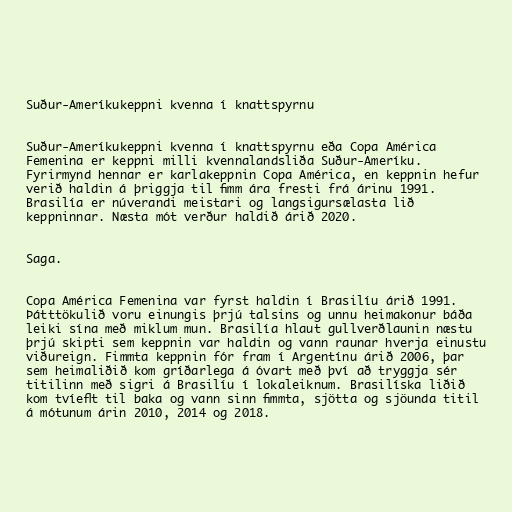
Suður-Ameríkukeppni kvenna í knattspyrnu

Suður-Ameríkukeppni kvenna í knattspyrnu eða Copa América
Femenina er keppni milli kvennalandsliða Suður-Ameríku.
Fyrirmynd hennar er karlakeppnin Copa América, en keppnin hefur
verið haldin á þriggja til fimm ára fresti frá árinu 1991.
Brasilía er núverandi meistari og langsigursælasta lið
keppninnar. Næsta mót verður haldið árið 2020.

Saga.

Copa América Femenina var fyrst haldin í Brasilíu árið 1991.
Þátttökulið voru einungis þrjú talsins og unnu heimakonur báða
leiki sína með miklum mun. Brasilía hlaut gullverðlaunin næstu
þrjú skipti sem keppnin var haldin og vann raunar hverja einustu
viðureign. Fimmta keppnin fór fram í Argentínu árið 2006, þar
sem heimaliðið kom gríðarlega á óvart með því að tryggja sér
titilinn með sigri á Brasilíu í lokaleiknum. Brasilíska liðið
kom tvíeflt til baka og vann sinn fimmta, sjötta og sjöunda titil
á mótunum árin 2010, 2014 og 2018.